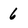
Character: 6